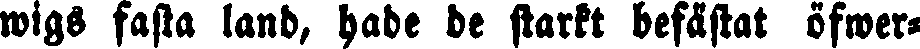
wigs fasta land, hade be starkt befästat öfwer-